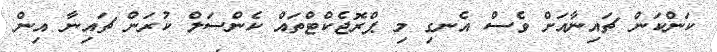
ކަންކަން ޗައިނާއަށް ވެސް އެނގި މި ޕްރޮޖެކްޓްތައް ކެންސަލް ކުރަން ޗައިނާ އިން